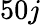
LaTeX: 50j